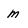
Character: m